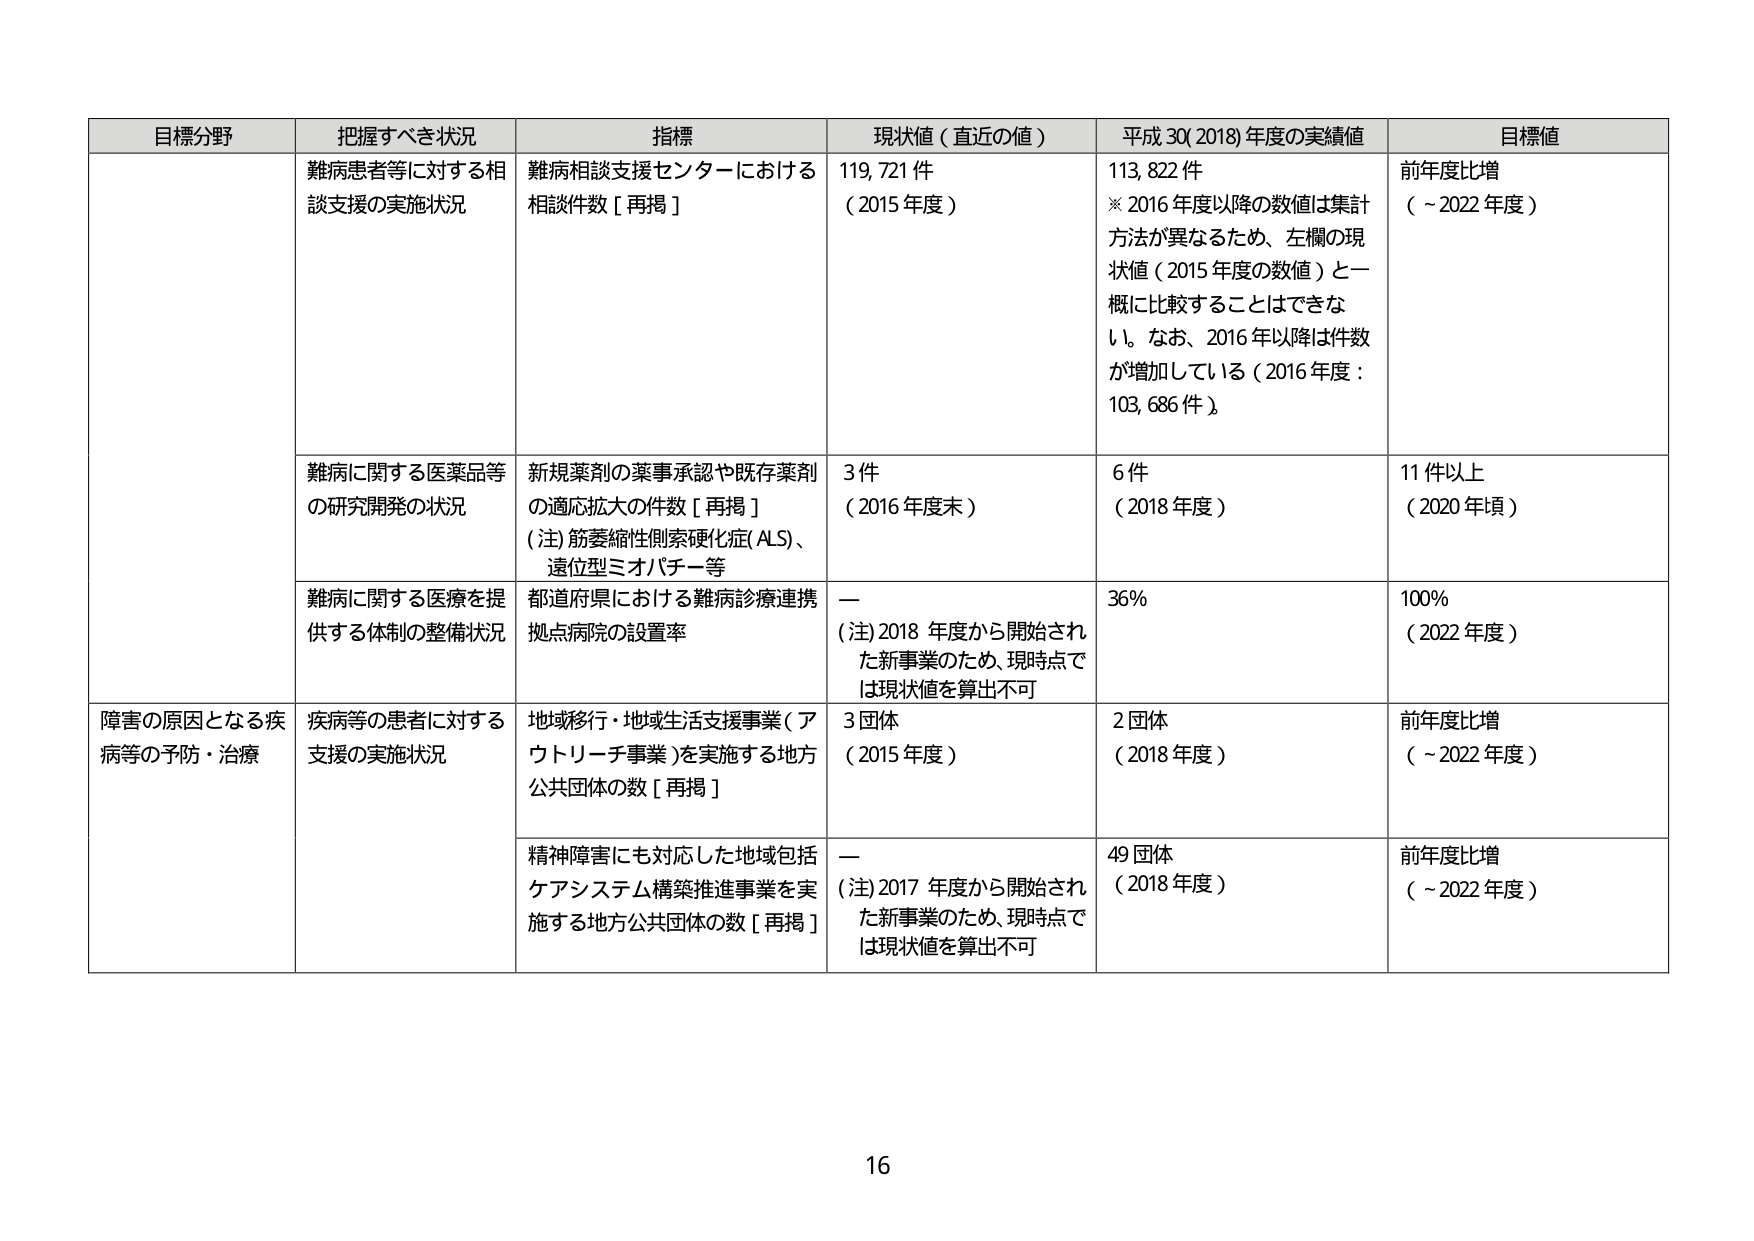
目標分野 把握すべき状況 指標 現状値（直近の値） 平成30(2018)年度の実績値 目標値
難病患者等に対する相談支援の実施状況 難病相談支援センターにおける相談件数［再掲］ 119,721件（2015年度） 113,822件※2016年度以降の数値は集計方法が異なるため、左欄の現状値（2015年度の数値）と一概に比較することはできない。なお、2016年以降は件数が増加している（2016年度：103,686件） 前年度比増（～2022年度）
難病に関する医薬品等の研究開発の状況 新規薬剤の薬事承認や既存薬剤の適応拡大の件数［再掲］（注）筋萎縮性側索硬化症(ALS)、遠位型ミオパチー等 3件（2016年度末） 6件（2018年度） 11件以上（2020年頃）
難病に関する医療を提供する体制の整備状況 都道府県における難病診療連携拠点病院の設置率 —（注）2018年度から開始された新事業のため、現時点では現状値を算出不可 36% 100%（2022年度）
障害の原因となる疾病等の予防・治療 疾病等の患者に対する支援の実施状況 地域移行・地域生活支援事業（アウトリーチ事業）を実施する地方公共団体の数［再掲］ 3団体（2015年度） 2団体（2018年度） 前年度比増（～2022年度）
精神障害にも対応した地域包括ケアシステム構築推進事業を実施する地方公共団体の数［再掲］ —（注）2017年度から開始された新事業のため、現時点では現状値を算出不可 49団体（2018年度） 前年度比増（～2022年度）
16